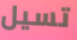
تسيل